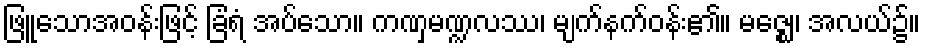
ဖြူသောအဝန်းဖြင့် ခြံရံ အပ်သော။ ကဏှမဏ္ဍလဿ၊ မျက်နက်ဝန်း၏။ မဇ္ဈေ၊ အလယ်၌။